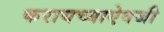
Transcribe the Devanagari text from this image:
करायच्याऐवजी